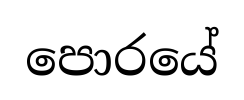
පොරයේ